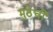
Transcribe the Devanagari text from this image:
मुठेची